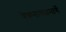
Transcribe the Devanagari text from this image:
चेकनाक्यामार्गे